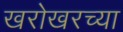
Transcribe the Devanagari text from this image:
खरोखरच्या